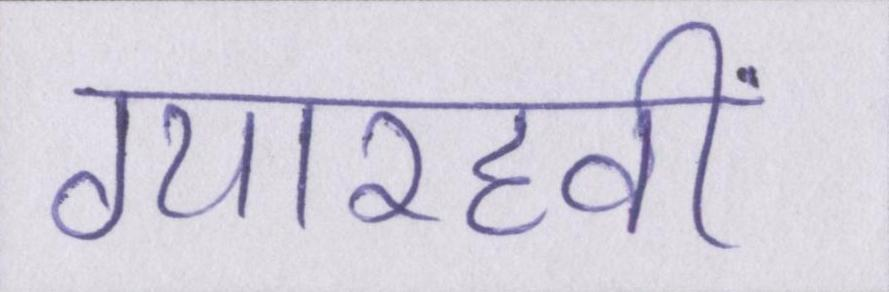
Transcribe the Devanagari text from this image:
ग्यारहवीं